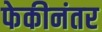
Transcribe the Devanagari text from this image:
फेकीनंतर